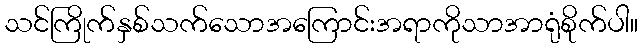
သင်ကြိုက်နှစ်သက်သောအကြောင်းအရာကိုသာအာရုံစိုက်ပါ။